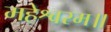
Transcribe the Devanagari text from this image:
महेश्वरम॥